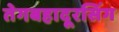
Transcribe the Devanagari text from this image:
तेगबहादूरसिंग